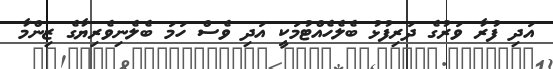
އަދި ފުރާ ވަރުގެ ދަރިފުޅު ބެލެހެއްޓުމަކީ އަދި ވެސް ހަމަ ބެލެނިވެރިޔާގެ ޒިންމާ